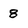
Character: 8